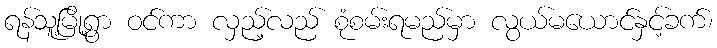
ရန်သူ့မြို့ရွာ ဝင်ကာ လှည့်လည် စုံစမ်းရမည်မှာ လွယ်မယောင်နှင့်ခက်၊